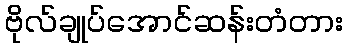
ဗိုလ်ချုပ်အောင်ဆန်းတံတား